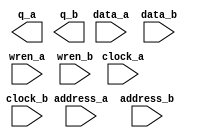
// megafunction wizard: %RAM: 2-PORT%VBB%
// GENERATION: STANDARD
// VERSION: WM1.0
// MODULE: altsyncram 

// ============================================================
// Megafunction Name(s):
// 			altsyncram
//
// Simulation Library Files(s):
// 			altera_mf
// ============================================================
// ************************************************************
// THIS IS A WIZARD-GENERATED FILE. DO NOT EDIT THIS FILE!
//
// 17.0.0 Build 595 04/25/2017 SJ Lite Edition
// ************************************************************

//Copyright (C) 2017  Intel Corporation. All rights reserved.
//Your use of Intel Corporation's design tools, logic functions 
//and other software and tools, and its AMPP partner logic 
//functions, and any output files from any of the foregoing 
//(including device programming or simulation files), and any 
//associated documentation or information are expressly subject 
//to the terms and conditions of the Intel Program License 
//Subscription Agreement, the Intel Quartus Prime License Agreement,
//the Intel MegaCore Function License Agreement, or other 
//applicable license agreement, including, without limitation, 
//that your use is for the sole purpose of programming logic 
//devices manufactured by Intel and sold by Intel or its 
//authorized distributors.  Please refer to the applicable 
//agreement for further details.

module ram_dp_4k (
	address_a,
	address_b,
	clock_a,
	clock_b,
	data_a,
	data_b,
	wren_a,
	wren_b,
	q_a,
	q_b);

	input	[11:0]  address_a;
	input	[11:0]  address_b;
	input	  clock_a;
	input	  clock_b;
	input	[7:0]  data_a;
	input	[7:0]  data_b;
	input	  wren_a;
	input	  wren_b;
	output	[7:0]  q_a;
	output	[7:0]  q_b;
`ifndef ALTERA_RESERVED_QIS
// synopsys translate_off
`endif
	tri1	  clock_a;
	tri0	  wren_a;
	tri0	  wren_b;
`ifndef ALTERA_RESERVED_QIS
// synopsys translate_on
`endif

endmodule

// ============================================================
// CNX file retrieval info
// ============================================================
// Retrieval info: PRIVATE: ADDRESSSTALL_A NUMERIC "0"
// Retrieval info: PRIVATE: ADDRESSSTALL_B NUMERIC "0"
// Retrieval info: PRIVATE: BYTEENA_ACLR_A NUMERIC "0"
// Retrieval info: PRIVATE: BYTEENA_ACLR_B NUMERIC "0"
// Retrieval info: PRIVATE: BYTE_ENABLE_A NUMERIC "0"
// Retrieval info: PRIVATE: BYTE_ENABLE_B NUMERIC "0"
// Retrieval info: PRIVATE: BYTE_SIZE NUMERIC "8"
// Retrieval info: PRIVATE: BlankMemory NUMERIC "1"
// Retrieval info: PRIVATE: CLOCK_ENABLE_INPUT_A NUMERIC "0"
// Retrieval info: PRIVATE: CLOCK_ENABLE_INPUT_B NUMERIC "0"
// Retrieval info: PRIVATE: CLOCK_ENABLE_OUTPUT_A NUMERIC "0"
// Retrieval info: PRIVATE: CLOCK_ENABLE_OUTPUT_B NUMERIC "0"
// Retrieval info: PRIVATE: CLRdata NUMERIC "0"
// Retrieval info: PRIVATE: CLRq NUMERIC "0"
// Retrieval info: PRIVATE: CLRrdaddress NUMERIC "0"
// Retrieval info: PRIVATE: CLRrren NUMERIC "0"
// Retrieval info: PRIVATE: CLRwraddress NUMERIC "0"
// Retrieval info: PRIVATE: CLRwren NUMERIC "0"
// Retrieval info: PRIVATE: Clock NUMERIC "5"
// Retrieval info: PRIVATE: Clock_A NUMERIC "0"
// Retrieval info: PRIVATE: Clock_B NUMERIC "0"
// Retrieval info: PRIVATE: IMPLEMENT_IN_LES NUMERIC "0"
// Retrieval info: PRIVATE: INDATA_ACLR_B NUMERIC "0"
// Retrieval info: PRIVATE: INDATA_REG_B NUMERIC "1"
// Retrieval info: PRIVATE: INIT_FILE_LAYOUT STRING "PORT_A"
// Retrieval info: PRIVATE: INIT_TO_SIM_X NUMERIC "0"
// Retrieval info: PRIVATE: INTENDED_DEVICE_FAMILY STRING "Cyclone V"
// Retrieval info: PRIVATE: JTAG_ENABLED NUMERIC "0"
// Retrieval info: PRIVATE: JTAG_ID STRING "NONE"
// Retrieval info: PRIVATE: MAXIMUM_DEPTH NUMERIC "0"
// Retrieval info: PRIVATE: MEMSIZE NUMERIC "8192"
// Retrieval info: PRIVATE: MEM_IN_BITS NUMERIC "0"
// Retrieval info: PRIVATE: MIFfilename STRING ""
// Retrieval info: PRIVATE: OPERATION_MODE NUMERIC "3"
// Retrieval info: PRIVATE: OUTDATA_ACLR_B NUMERIC "0"
// Retrieval info: PRIVATE: OUTDATA_REG_B NUMERIC "0"
// Retrieval info: PRIVATE: RAM_BLOCK_TYPE NUMERIC "0"
// Retrieval info: PRIVATE: READ_DURING_WRITE_MODE_MIXED_PORTS NUMERIC "2"
// Retrieval info: PRIVATE: READ_DURING_WRITE_MODE_PORT_A NUMERIC "3"
// Retrieval info: PRIVATE: READ_DURING_WRITE_MODE_PORT_B NUMERIC "3"
// Retrieval info: PRIVATE: REGdata NUMERIC "1"
// Retrieval info: PRIVATE: REGq NUMERIC "0"
// Retrieval info: PRIVATE: REGrdaddress NUMERIC "0"
// Retrieval info: PRIVATE: REGrren NUMERIC "0"
// Retrieval info: PRIVATE: REGwraddress NUMERIC "1"
// Retrieval info: PRIVATE: REGwren NUMERIC "1"
// Retrieval info: PRIVATE: SYNTH_WRAPPER_GEN_POSTFIX STRING "0"
// Retrieval info: PRIVATE: USE_DIFF_CLKEN NUMERIC "0"
// Retrieval info: PRIVATE: UseDPRAM NUMERIC "1"
// Retrieval info: PRIVATE: VarWidth NUMERIC "0"
// Retrieval info: PRIVATE: WIDTH_READ_A NUMERIC "8"
// Retrieval info: PRIVATE: WIDTH_READ_B NUMERIC "8"
// Retrieval info: PRIVATE: WIDTH_WRITE_A NUMERIC "8"
// Retrieval info: PRIVATE: WIDTH_WRITE_B NUMERIC "8"
// Retrieval info: PRIVATE: WRADDR_ACLR_B NUMERIC "0"
// Retrieval info: PRIVATE: WRADDR_REG_B NUMERIC "1"
// Retrieval info: PRIVATE: WRCTRL_ACLR_B NUMERIC "0"
// Retrieval info: PRIVATE: enable NUMERIC "0"
// Retrieval info: PRIVATE: rden NUMERIC "0"
// Retrieval info: LIBRARY: altera_mf altera_mf.altera_mf_components.all
// Retrieval info: CONSTANT: ADDRESS_REG_B STRING "CLOCK1"
// Retrieval info: CONSTANT: CLOCK_ENABLE_INPUT_A STRING "BYPASS"
// Retrieval info: CONSTANT: CLOCK_ENABLE_INPUT_B STRING "BYPASS"
// Retrieval info: CONSTANT: CLOCK_ENABLE_OUTPUT_A STRING "BYPASS"
// Retrieval info: CONSTANT: CLOCK_ENABLE_OUTPUT_B STRING "BYPASS"
// Retrieval info: CONSTANT: INDATA_REG_B STRING "CLOCK1"
// Retrieval info: CONSTANT: INTENDED_DEVICE_FAMILY STRING "Cyclone V"
// Retrieval info: CONSTANT: LPM_TYPE STRING "altsyncram"
// Retrieval info: CONSTANT: NUMWORDS_A NUMERIC "4096"
// Retrieval info: CONSTANT: NUMWORDS_B NUMERIC "4096"
// Retrieval info: CONSTANT: OPERATION_MODE STRING "BIDIR_DUAL_PORT"
// Retrieval info: CONSTANT: OUTDATA_ACLR_A STRING "NONE"
// Retrieval info: CONSTANT: OUTDATA_ACLR_B STRING "NONE"
// Retrieval info: CONSTANT: OUTDATA_REG_A STRING "UNREGISTERED"
// Retrieval info: CONSTANT: OUTDATA_REG_B STRING "UNREGISTERED"
// Retrieval info: CONSTANT: POWER_UP_UNINITIALIZED STRING "FALSE"
// Retrieval info: CONSTANT: READ_DURING_WRITE_MODE_PORT_A STRING "NEW_DATA_NO_NBE_READ"
// Retrieval info: CONSTANT: READ_DURING_WRITE_MODE_PORT_B STRING "NEW_DATA_NO_NBE_READ"
// Retrieval info: CONSTANT: WIDTHAD_A NUMERIC "12"
// Retrieval info: CONSTANT: WIDTHAD_B NUMERIC "12"
// Retrieval info: CONSTANT: WIDTH_A NUMERIC "8"
// Retrieval info: CONSTANT: WIDTH_B NUMERIC "8"
// Retrieval info: CONSTANT: WIDTH_BYTEENA_A NUMERIC "1"
// Retrieval info: CONSTANT: WIDTH_BYTEENA_B NUMERIC "1"
// Retrieval info: CONSTANT: WRCONTROL_WRADDRESS_REG_B STRING "CLOCK1"
// Retrieval info: USED_PORT: address_a 0 0 12 0 INPUT NODEFVAL "address_a[11..0]"
// Retrieval info: USED_PORT: address_b 0 0 12 0 INPUT NODEFVAL "address_b[11..0]"
// Retrieval info: USED_PORT: clock_a 0 0 0 0 INPUT VCC "clock_a"
// Retrieval info: USED_PORT: clock_b 0 0 0 0 INPUT NODEFVAL "clock_b"
// Retrieval info: USED_PORT: data_a 0 0 8 0 INPUT NODEFVAL "data_a[7..0]"
// Retrieval info: USED_PORT: data_b 0 0 8 0 INPUT NODEFVAL "data_b[7..0]"
// Retrieval info: USED_PORT: q_a 0 0 8 0 OUTPUT NODEFVAL "q_a[7..0]"
// Retrieval info: USED_PORT: q_b 0 0 8 0 OUTPUT NODEFVAL "q_b[7..0]"
// Retrieval info: USED_PORT: wren_a 0 0 0 0 INPUT GND "wren_a"
// Retrieval info: USED_PORT: wren_b 0 0 0 0 INPUT GND "wren_b"
// Retrieval info: CONNECT: @address_a 0 0 12 0 address_a 0 0 12 0
// Retrieval info: CONNECT: @address_b 0 0 12 0 address_b 0 0 12 0
// Retrieval info: CONNECT: @clock0 0 0 0 0 clock_a 0 0 0 0
// Retrieval info: CONNECT: @clock1 0 0 0 0 clock_b 0 0 0 0
// Retrieval info: CONNECT: @data_a 0 0 8 0 data_a 0 0 8 0
// Retrieval info: CONNECT: @data_b 0 0 8 0 data_b 0 0 8 0
// Retrieval info: CONNECT: @wren_a 0 0 0 0 wren_a 0 0 0 0
// Retrieval info: CONNECT: @wren_b 0 0 0 0 wren_b 0 0 0 0
// Retrieval info: CONNECT: q_a 0 0 8 0 @q_a 0 0 8 0
// Retrieval info: CONNECT: q_b 0 0 8 0 @q_b 0 0 8 0
// Retrieval info: GEN_FILE: TYPE_NORMAL ram_dp_4k.v TRUE
// Retrieval info: GEN_FILE: TYPE_NORMAL ram_dp_4k.inc FALSE
// Retrieval info: GEN_FILE: TYPE_NORMAL ram_dp_4k.cmp FALSE
// Retrieval info: GEN_FILE: TYPE_NORMAL ram_dp_4k.bsf FALSE
// Retrieval info: GEN_FILE: TYPE_NORMAL ram_dp_4k_inst.v TRUE
// Retrieval info: GEN_FILE: TYPE_NORMAL ram_dp_4k_bb.v TRUE
// Retrieval info: LIB_FILE: altera_mf